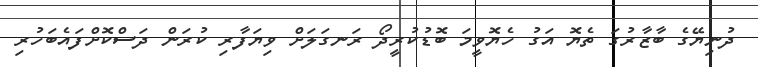
ދުނިޔޭގެ ބާޒާރުގަ ތެޔޮ އަގު ހެޔޮވީމަ ބޮޑުކުރީދޯ ރަނގަލަށް ވިޔަފާރި ކުރަން ދަސްކޮށްފައެބަހުރި